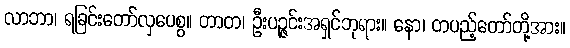
လာဘာ၊ ရခြင်းတော်လှပေစွ။ တာတ၊ ဦးပဉ္ဇင်းအရှင်ဘုရား။ နော၊ တပည့်တော်တို့အား။